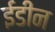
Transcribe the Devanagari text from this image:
ईडीन